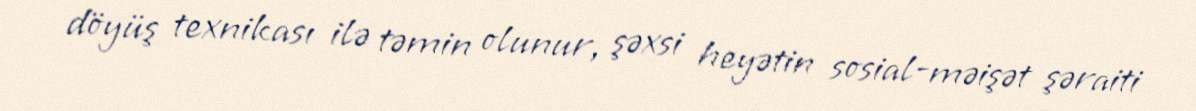
döyüş texnikası ilə təmin olunur, şəxsi heyətin sosial-məişət şəraiti